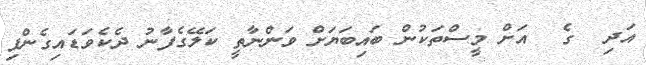
އަދި  ގެ  އަށް މީސްތަކުން ބައިބަޔަށް ވަންނާތީ ކަލޭގެފާނު ދެކެވަޑައިގެންފި